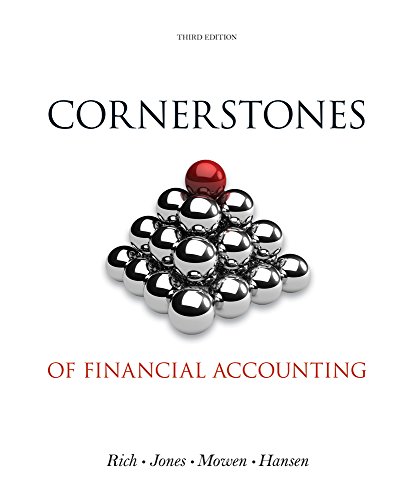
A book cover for Bundle: Cornerstones of Financial Accounting, Looseleaf-Version (with 2011 Annual Reports: Under Armour, Inc. & VF Corporation) + CengageNOW, 1 term (6 months) Printed Access Card; Jay Rich; Business & Money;